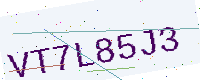
Text: VT7L85J3